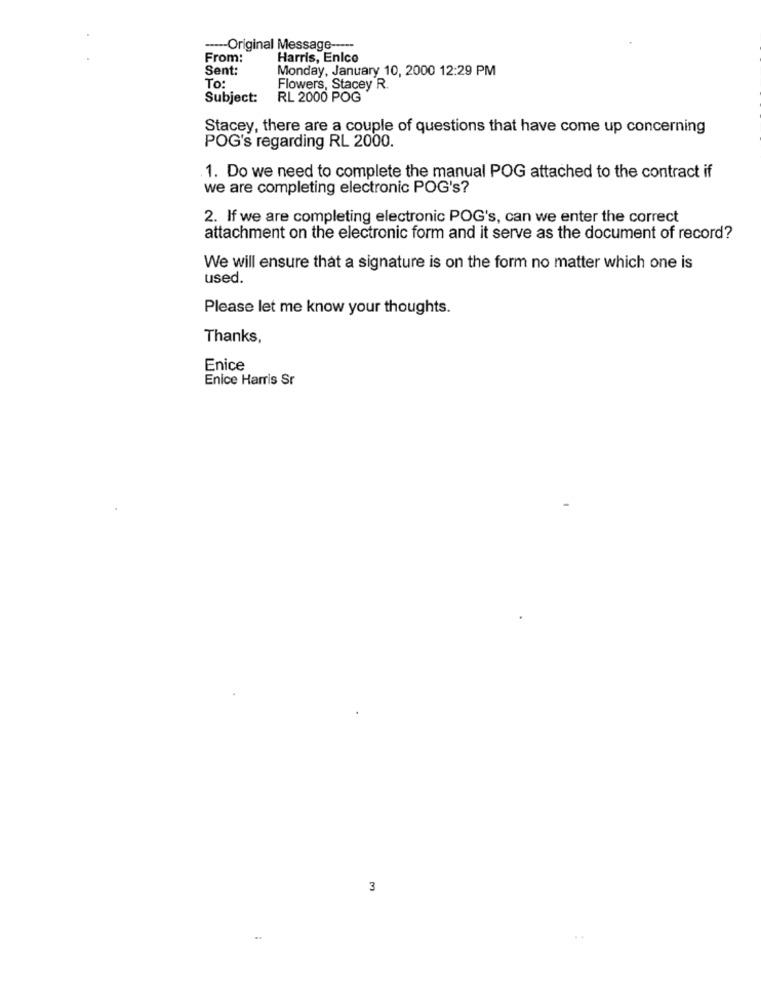
---- Original Message -----
From:
Harris, Enico
Sent:
Monday, January 10, 2000 12:29 PM
To:
Flowers, Stacey R.
Subject:
RL 2000 POG
Stacey, there are a couple of questions that have come up concerning
POG's regarding RL 2000.
1. Do we need to complete the manual POG attached to the contract if
we are completing electronic POG's?
2. If we are completing electronic POG's, can we enter the correct
attachment on the electronic form and it serve as the document of record?
We will ensure that a signature is on the form no matter which one is
used.
Please let me know your thoughts.
Thanks,
Enice
Enice Harris Sr
3